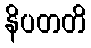
နိပတတိ